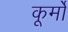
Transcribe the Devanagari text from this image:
कूर्मो